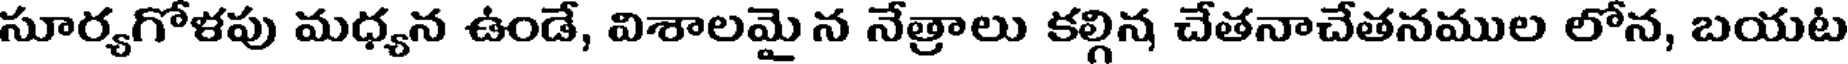
సూర్యగోళపు మధ్యన ఉండే, విశాలమై న నేత్రాలు కల్గిన చేతనాచేతనముల లోన, బయట